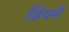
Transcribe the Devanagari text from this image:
डियर्ने